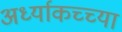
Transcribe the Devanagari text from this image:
अर्ध्याकच्च्या